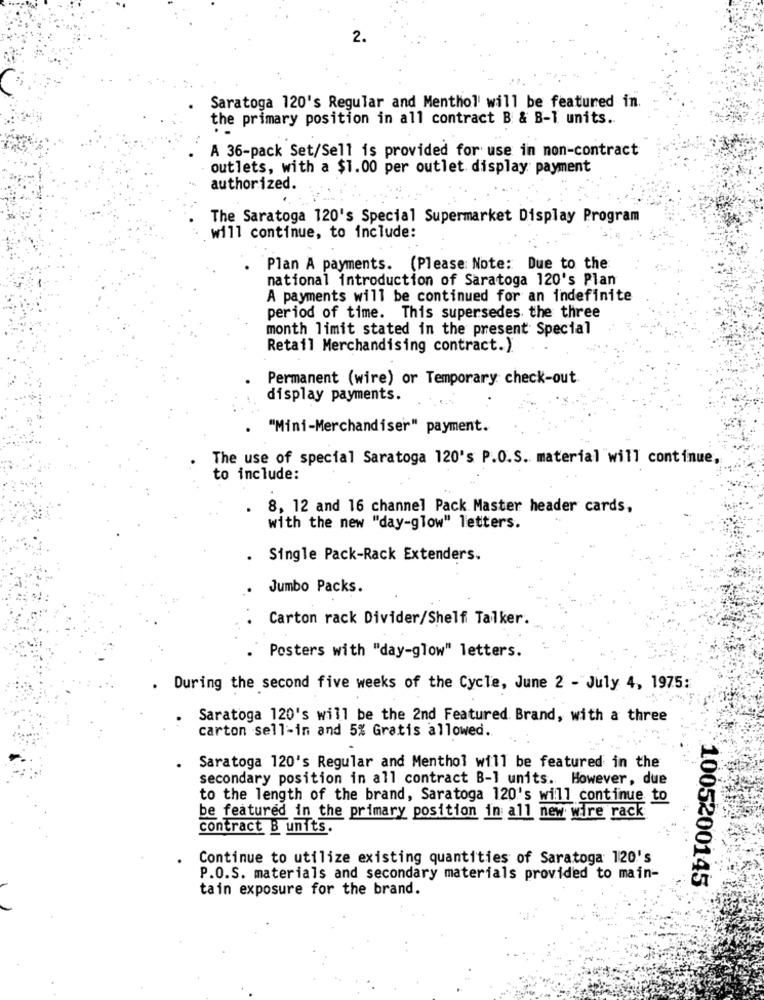
2.
Saratoga 120's Regular and Menthol' will be featured in.
the primary position in all contract B & B-T units.
A 36-pack Set/Sell is provided for use in non-contract
outlets, with a $1.00 per outlet display payment
authorized.
The Saratoga 120's Special Supermarket Display Program
will continue, to include:
Plan A payments. (Please Note: Due to the
national introduction of Saratoga 120's Plan
A payments will be continued for an indefinite
period of time. This supersedes the three
month limit stated in the present Special
Retail Merchandising contract. )
Permanent (wire) or Temporary check-out
display payments.
"Mini-Merchandiser" payment.
The use of special Saratoga 120's P.O.S. material will continue,
to include:
8, 12 and 16 channel Pack Master header cards,
with the new "day-glow" letters.
. Single Pack-Rack Extenders.
Jumbo Packs.
Carton rack Divider/Shelf Talker.
Posters with "day-glow" letters.
. During the second five weeks of the Cycle, June 2 - July 4, 1975:
Saratoga 120's will be the 2nd Featured. Brand, with a three
carton sell-in and 5% Gratis allowed.
Saratoga 120's Regular and Menthol will be featured in the
secondary position in all contract B-1 units. However, due
to the length of the brand, Saratoga 120's will continue to
be featured in the primary position in all new wire rack
contract B units.
Continue to utilize existing quantities of Saratoga 120's
P.O.S. materials and secondary materials provided to main-
1005200145
tain exposure for the brand.